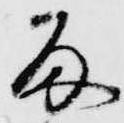
留